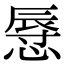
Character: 𢟲